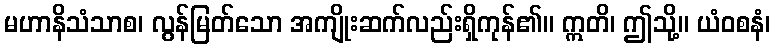
မဟာနိသံသာစ၊ လွန်မြတ်သော အကျိုးဆက်လည်းရှိကုန်၏။ ဣတိ၊ ဤသို့။ ယံဝစနံ၊